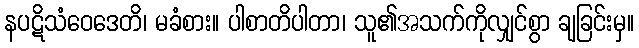
နပဋိသံဝေဒေတိ၊ မခံစား။ ပါစာတိပါတာ၊ သူ၏အသက်ကိုလျှင်စွာ ချခြင်းမှ။